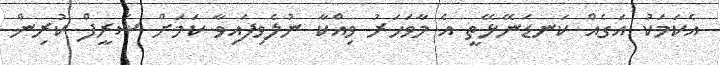
އެކަމަކު އަގެއް ކަނޑަނޭޅޭތީ އެ މާވަހަރު ވިއްކާ ނުލެވިފައިވާ ކަމަށް ޝަރީފް ކުރިން